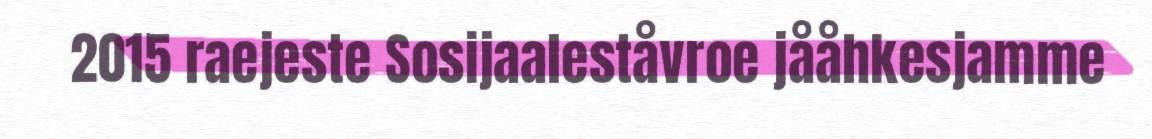
2015 raejeste Sosijaaleståvroe jååhkesjamme